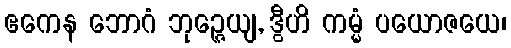
ဧကေန ဘောဂံ ဘုဉ္ဇေယျ, ဒွီဟိ ကမ္မံ ပယောဇယေ၊